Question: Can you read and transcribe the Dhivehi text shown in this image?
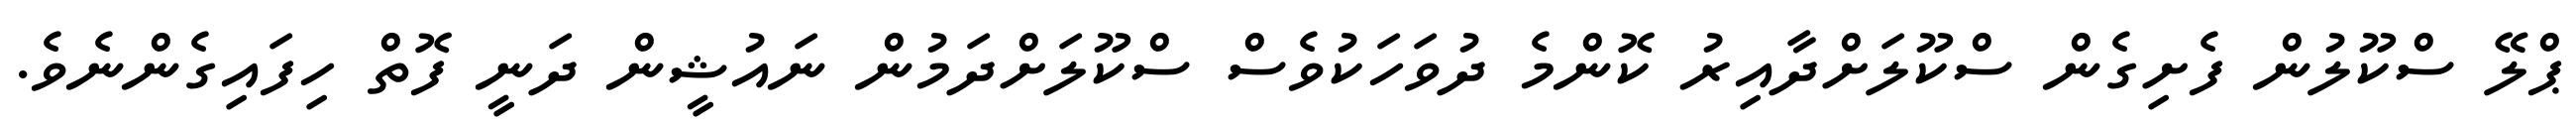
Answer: ޕްލޭ ސްކޫލުން ފެށިގެން ސްކޫލަށްދާއިރު ކޮންމެ ދުވަހަކުވެސް ސްކޫލަށްދަމުން ނައުޝީން ދަނީ ފޮތް ހިފައިގެންނެވެ.